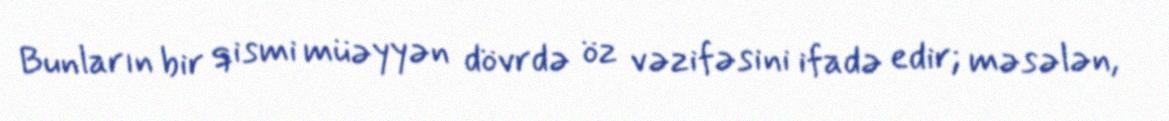
Bunların bir qismi müəyyən dövrdə öz vəzifəsini ifadə edir; məsələn,